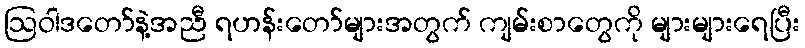
ဩဝါဒတော်နဲ့အညီ ရဟန်းတော်များအတွက် ကျမ်းစာတွေကို များများရေပြီး